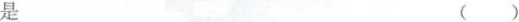
是 ( )